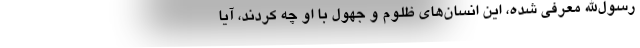
رسول‌الله معرفی شده، این انسان‌های ظَلوم و جهول با او چه کردند، آیا